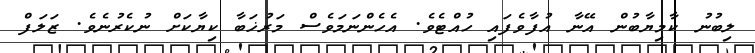
ލިބުނު ކާމިޔާބުން އޭނާ އުފާވެފައި ހުއްޓެވެ. އެހެންނަމަވެސް މަރުޚަބާ ކިޔާކަށް ނުކެރުނެވެ. ޒަލަފް